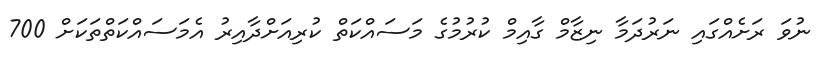
ނުވަ ރަށެއްގައި ނަރުދަމާ ނިޒާމް ގާއިމް ކުރުމުގެ މަސައްކަތް ކުރިއަށްދާއިރު އެމަސައްކަތްތަކަށް 700